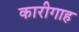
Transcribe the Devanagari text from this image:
कारीगाह